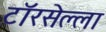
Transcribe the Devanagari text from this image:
टॉरसेल्ला